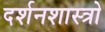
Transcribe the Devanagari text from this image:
दर्शनशास्त्रो